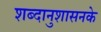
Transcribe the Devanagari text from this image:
शब्दानुशासनके